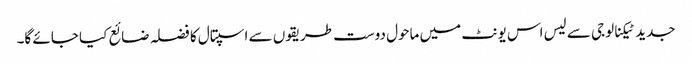
جدید ٹیکنالوجی سے لیس اس یونٹ میں ماحول دوست طریقوں سے اسپتال کا فضلہ ضائع کیا جائے گا۔